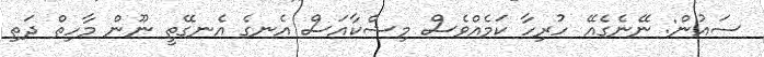
ސައުން: ނޭނެގެއޭ ހުރިހާ ކަމެއްވެސް މިޝްކާއަސް އެނގެ އެނގޭތީ ނޫން މާހިތް ދަތި